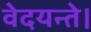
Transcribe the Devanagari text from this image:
वेदयन्ते।